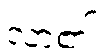
လာ၏